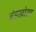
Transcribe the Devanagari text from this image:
बंडखोरच